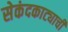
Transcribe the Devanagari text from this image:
सेकंदकाट्याची